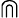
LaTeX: \Cap